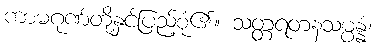
ကာမဂုဏ်တို့နှင့်ပြည့်စုံ၏။ သတ္တရတနသမ္ပန္နံ၊